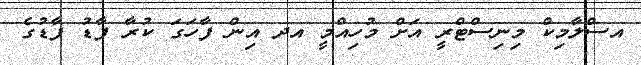
އސްލާމިކް މިނިސްޓްރީ އަަށް މުހިއްމީ އދ އިން ފާހަގަ ކުރާ ފާޑު ފާޑުގެ